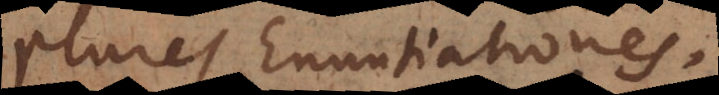
plures Enuntiationes.